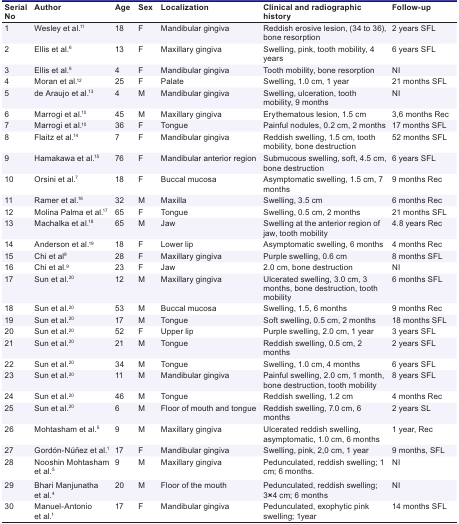
<table><thead><tr><td><b>Serial No </b></td><td><b>Author</b></td><td><b>Age</b></td><td><b>Sex</b></td><td><b>Localization</b></td><td><b>Clinical and radiographic history</b></td><td><b>Follow-up</b></td></tr></thead><tbody><tr><td> 1 </td><td>Wesley et al.<sup>11</sup></td><td> 18 </td><td> F </td><td> Mandibular gingiva </td><td> Reddish erosive lesion, (34 to 36), bone resorption </td><td> 2 years SFL </td></tr><tr><td> 2 </td><td>Ellis et al.<sup>6</sup></td><td> 13 </td><td> F </td><td> Maxillary gingiva </td><td> Swelling, pink, tooth mobility, 4 years </td><td> 6 years SFL </td></tr><tr><td> 3 </td><td>Ellis et al.<sup>6</sup></td><td> 4 </td><td> F </td><td> Mandibular gingiva </td><td> Tooth mobility, bone resorption </td><td> NI </td></tr><tr><td> 4 </td><td>Moran et al.<sup>12</sup></td><td> 25 </td><td> F </td><td> Palate </td><td> Swelling, 1.0 cm, 1 year </td><td> 21 months SFL </td></tr><tr><td> 5 </td><td>de Araujo et al.<sup>13</sup></td><td> 4 </td><td> M </td><td> Mandibular gingiva </td><td> Swelling, ulceration, tooth mobility, 9 months </td><td> NI </td></tr><tr><td> 6 </td><td>Marrogi et al.<sup>10</sup></td><td> 45 </td><td> M </td><td> Maxillary gingiva </td><td> Erythematous lesion, 1.5 cm </td><td> 3,6 months Rec </td></tr><tr><td> 7 </td><td>Marrogi et al.<sup>10</sup></td><td> 36 </td><td> F </td><td> Tongue </td><td> Painful nodules, 0.2 cm, 2 months </td><td> 17 months SFL </td></tr><tr><td> 8 </td><td>Flaitz et al.<sup>14</sup></td><td> 7 </td><td> F </td><td> Mandibular gingiva </td><td> Reddish swelling, 1.5 cm, tooth mobility, bone destruction </td><td> 52 months SFL </td></tr><tr><td> 9 </td><td>Hamakawa et al.<sup>15</sup></td><td> 76 </td><td> F </td><td> Mandibular anterior region </td><td> Submucous swelling, soft, 4.5 cm, bone destruction </td><td> 6 years SFL </td></tr><tr><td> 10 </td><td>Orsini et al.<sup>7</sup></td><td> 18 </td><td> F </td><td> Buccal mucosa </td><td> Asymptomatic swelling, 1.5 cm, 7 months </td><td> 9 months Rec </td></tr><tr><td> 11 </td><td>Ramer et al.<sup>16</sup></td><td> 32 </td><td> M </td><td> Maxilla </td><td> Swelling, 3.5 cm </td><td> 6 months Rec </td></tr><tr><td> 12 </td><td>Molina Palma et al.<sup>17</sup></td><td> 65 </td><td> F </td><td> Tongue </td><td> Swelling, 0.5 cm, 2 months </td><td> 21 months SFL </td></tr><tr><td> 13 </td><td>Machalka et al.<sup>18</sup></td><td> 65 </td><td> M </td><td> Jaw </td><td> Swelling at the anterior region of jaw, tooth mobility </td><td> 4.8 years Rec </td></tr><tr><td> 14 </td><td>Anderson et al.<sup>19</sup></td><td> 18 </td><td> F </td><td> Lower lip </td><td> Asymptomatic swelling, 6 months </td><td> 4 months Rec </td></tr><tr><td> 15 </td><td>Chi et al<sup>9</sup></td><td> 28 </td><td> F </td><td> Maxillary gingiva </td><td> Purple swelling, 0.6 cm </td><td> 8 months SFL </td></tr><tr><td> 16 </td><td>Chi et al.<sup>9</sup></td><td> 23 </td><td> F </td><td> Jaw </td><td> 2.0 cm, bone destruction </td><td> NI </td></tr><tr><td> 17 </td><td>Sun et al.<sup>20</sup></td><td> 12 </td><td> M </td><td> Maxillary gingiva </td><td> Ulcerated swelling, 3.0 cm, 3 months, bone destruction, tooth mobility </td><td> 6 months SFL </td></tr><tr><td> 18 </td><td>Sun et al.<sup>20</sup></td><td> 53 </td><td> M </td><td> Buccal mucosa </td><td> Swelling, 1.5, 6 months </td><td> 9 months Rec </td></tr><tr><td> 19 </td><td>Sun et al.<sup>20</sup></td><td> 17 </td><td> M </td><td> Tongue </td><td> Soft swelling, 0.5 cm, 2 months </td><td> 18 months SFL </td></tr><tr><td> 20 </td><td>Sun et al.<sup>20</sup></td><td> 52 </td><td> F </td><td> Upper lip </td><td> Purple swelling, 2.0 cm, 1 year </td><td> 3 years SFL </td></tr><tr><td> 21 </td><td>Sun et al.<sup>20</sup></td><td> 21 </td><td> M </td><td> Tongue </td><td> Reddish swelling, 0.5 cm, 2 months </td><td> 2 years SFL </td></tr><tr><td> 22 </td><td>Sun et al.<sup>20</sup></td><td> 34 </td><td> M </td><td> Tongue </td><td> Swelling, 1.0 cm, 4 months </td><td> 6 years SFL </td></tr><tr><td> 23 </td><td>Sun et al.<sup>20</sup></td><td> 11 </td><td> M </td><td> Mandibular gingiva </td><td> Painful swelling, 2.0 cm, 1 month, bone destruction, tooth mobility </td><td> 8 years SFL </td></tr><tr><td> 24 </td><td>Sun et al.<sup>20</sup></td><td> 46 </td><td> M </td><td> Tongue </td><td> Reddish swelling, 1.2 cm </td><td> 4 months Rec </td></tr><tr><td> 25 </td><td>Sun et al.<sup>20</sup></td><td> 6 </td><td> M </td><td> Floor of mouth and tongue </td><td> Reddish swelling, 7.0 cm, 6 months </td><td> 2 years SL </td></tr><tr><td> 26 </td><td>Mohtasham et al.<sup>5</sup></td><td> 9 </td><td> M </td><td> Maxillary gingiva </td><td> Ulcerated reddish swelling, asymptomatic, 1.0 cm, 6 months </td><td> 1 year, Rec </td></tr><tr><td> 27 </td><td>Gordón-Núñez et al.<sup>1</sup></td><td> 17 </td><td> F </td><td> Mandibular gingiva </td><td> Swelling, pink, 2,0 cm, 1 year </td><td> 9 months, SFL </td></tr><tr><td> 28 </td><td>Nooshin Mohtasham et al.<sup>5</sup></td><td> 9 </td><td> M </td><td> Maxillary gingiva </td><td> Pedunculated, reddish swelling; 1 cm; 6 months.</td><td> NI </td></tr><tr><td> 29 </td><td>Bhari Manjunatha et al.<sup>4</sup></td><td> 20 </td><td> M </td><td> Floor of the mouth </td><td>Pedunculated, reddish swelling; 3<b>×</b>4 cm; 6 months</td><td> NI </td></tr><tr><td> 30 </td><td>Manuel-Antonio et al.<sup>1</sup></td><td> 17 </td><td> F </td><td> Mandibular gingiva </td><td> Pedunculated, exophytic pink swelling; 1year </td><td> 14 months SFL </td></tr></tbody></table>